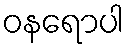
ဝနရောပါ